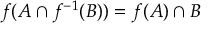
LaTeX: f ( A \cap f ^ { - 1 } ( B ) ) = f ( A ) \cap B